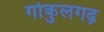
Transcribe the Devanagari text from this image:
गोकुलगढ़